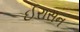
ઈરાસન